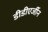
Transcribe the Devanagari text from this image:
डीडीएर्जीन